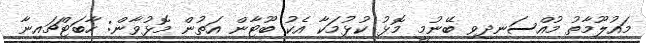
މައުލޫމާތު މުއްސަނދިވި ބޭނުމީ މޮޅު ކުޅުމަކާ އެކު ބޫޓާން އަތުން މޮޅުވާން: ހާބަޓްޗައިނާ